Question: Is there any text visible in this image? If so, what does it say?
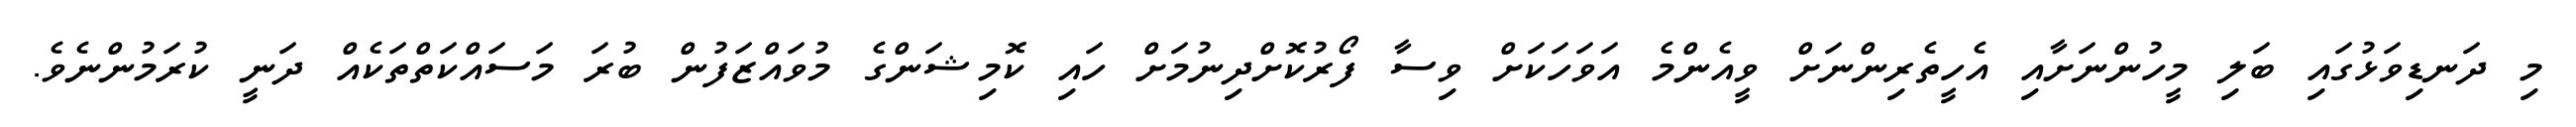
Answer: މި ދަނޑިވަޅުގައި ބަލި މީހުންނަށާއި އެހީތެރިންނަށް ވީއެންމެ އަވަހަކަށް ވިސާ ފޯރުކޮށްދިނުމަށް ހައި ކޮމިޝަންގެ މުވައްޒަފުން ބުރަ މަސައްކަތްތަކެއް ދަނީ ކުރަމުންނެވެ.